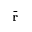
\bar { \bf r }